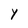
Character: Y